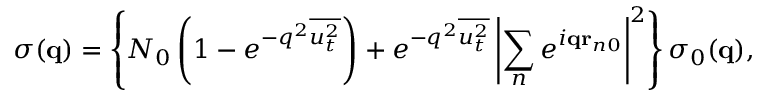
\sigma ( { \bf q } ) = \left\{ N _ { 0 } \left( 1 - e ^ { - q ^ { 2 } \overline { { { u _ { t } ^ { 2 } } } } } \right) + e ^ { - q ^ { 2 } \overline { { { u _ { t } ^ { 2 } } } } } \left| \sum _ { n } e ^ { i { \bf q r } _ { n 0 } } \right| ^ { 2 } \right\} \sigma _ { 0 } ( { \bf q } ) ,